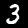
Digit: 3